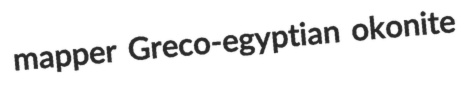
mapper Greco-egyptian okonite